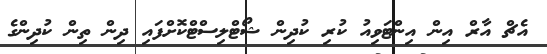
އެޗް އާރް އިން އިންޓަވިއު ކުރި ކުދިން ޝޯޓްލިސްޓްކޮށްފައި ދިން ތިން ކުދިންގެ